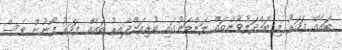
ބައެއް ފަހަރު މި ބައްދަލުވުންތައް ލަންޑަނުގައި ކުރިއަށްދާއިރު ބައެއް ފަހަރު ފޯނުން ވެސް